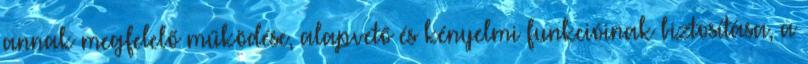
annak megfelelő működése, alapvető és kényelmi funkcióinak biztosítása, a